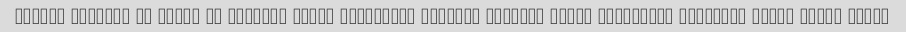
Vaghan sokhari bi mazze va keyfiat paiin pishnahad mikonam moiriat yebar khodeshun estefade konan nazar bedan